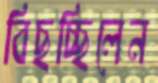
বিছচ্ছিলেন